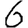
Digit: 6